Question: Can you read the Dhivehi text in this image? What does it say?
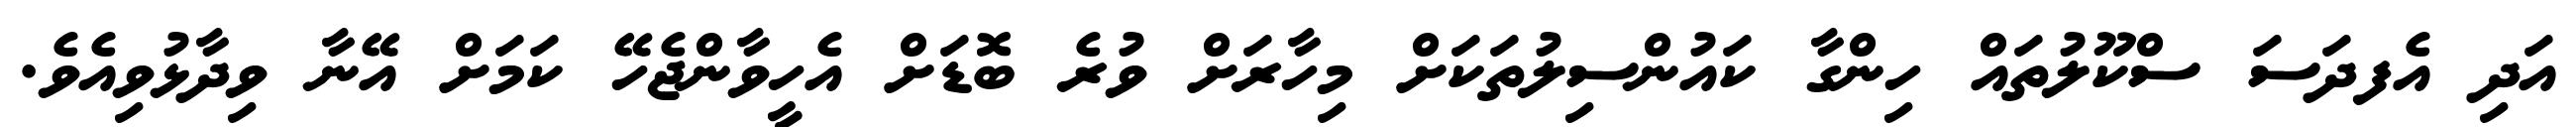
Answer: އަދި އެފދަސަ ސްކޫލުތައް ހިންގާ ކައުންސިލުތަކަށް މިހާރަށް ވުރެ ބޮޑަށް އެހީވާންޖެހޭ ކަމަށް އޭނާ ވިދާޅުވިއެވެ.